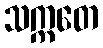
သက္ကတေ